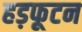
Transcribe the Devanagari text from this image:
हड़फूटन